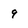
Character: 9